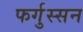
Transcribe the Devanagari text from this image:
फर्गुस्सन